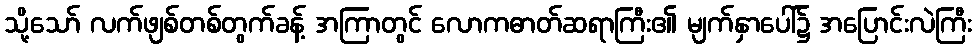
သို့သော် လက်ဖျစ်တစ်တွက်ခန့် အကြာတွင် လောကဓာတ်ဆရာကြီး၏ မျက်နှာပေါ်၌ အပြောင်းလဲကြီး